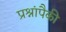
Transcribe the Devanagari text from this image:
प्रश्नांपैकी